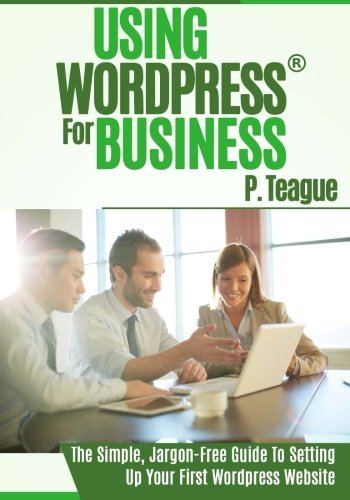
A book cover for Using Wordpress For Business: The Complete Guide For Beginners (Stuff Made Simple) (Volume 1); P Teague; Computers & Technology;